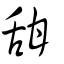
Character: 甜